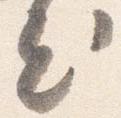
出